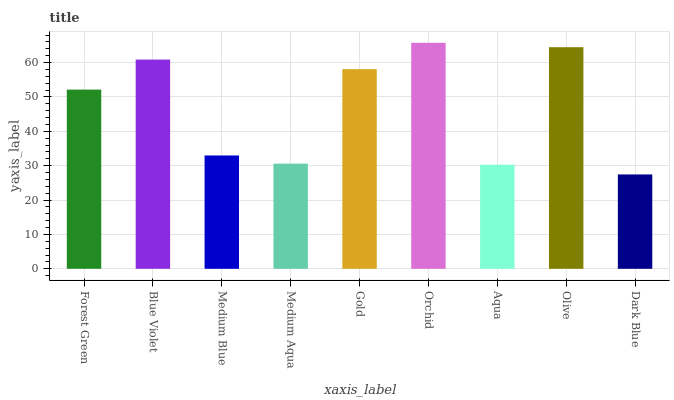
| xaxis_label | bars |
 | --- | --- |
 | Forest Green | 52.1 |
 | Blue Violet | 60.9 |
 | Medium Blue | 33 |
 | Medium Aqua | 30.6 |
 | Gold | 58.1 |
 | Orchid | 65.8 |
 | Aqua | 30.3 |
 | Olive | 64.5 |
 | Dark Blue | 27.5 |